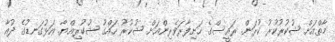
މާތްއަށް ޝުކުރުކުރު ކުރަން. ރައީސްގެ ހަށިފާރަވެރިންއަށް ޝުކުރު ހައްގު ޝުކުރިއްޔާ. އަޅުގަނޑުގެ ދުއާ